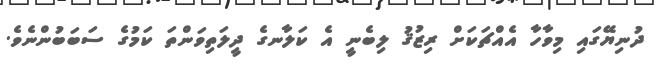
ދުނިޔޭގައި މިވާހާ އެއްޗަކަށް ރިޒުޤު ލިބެނީ އެ ކަލާނގެ ދީލަތިވަންތަ ކަމުގެ ސަބަބުންނެވެ.